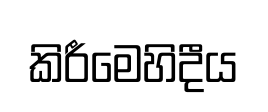
කිරීමෙහිදීය